Civil Veterinary Dept. North-West Frontier Province 1901-22 - 1901-1922
Year: 1901
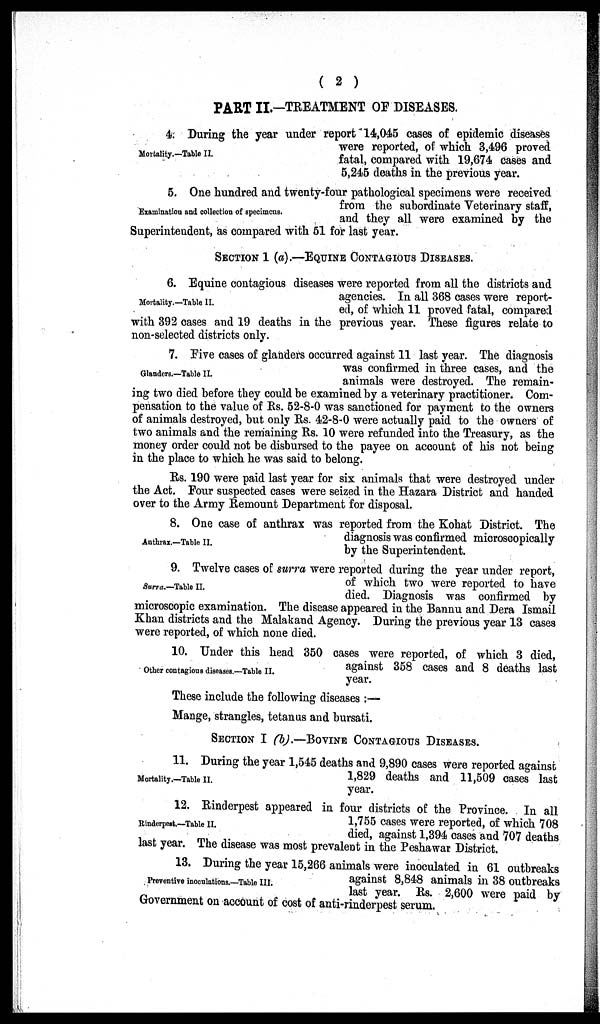
( 2 )
PART II—TREATMENT OF DISEASES.
Mortality.—Table II.
4. During the year under report 14,045 cases of epidemic diseases
were reported, of which 3,496 proved
fatal, compared with 19,674 cases and
5,245 deaths in the previous year.
Examination and collection of specimens.
5. One hundred and twenty-four pathological specimens were received
from the subordinate Veterinary staff,
and they all were examined by the
Superintendent, as compared with 51 for last year.
SECTION 1 (a).—EQUINE CONTAGIOUS DISEASES.
Mortality.—Table II.
6. Equine contagious diseases were reported from all the districts and
agencies. In all 368 cases were report-
ed, of which 11 proved fatal, compared
with 392 cases and 19 deaths in the previous year. These figures relate to
non-selected districts only.
Glanders.—Table II.
7. Five cases of glanders occurred against 11 last year. The diagnosis
was confirmed in three cases, and the
animals were destroyed. The remain-
ing two died before they could be examined by a veterinary practitioner. Com-
pensation to the value of Rs. 52-8-0 was sanctioned for payment to the owners
of animals destroyed, but only Rs. 42-8-0 were actually paid to the owners of
two animals and the remaining Rs. 10 were refunded into the Treasury, as the
money order could not be disbursed to the payee on account of his not being
in the place to which he was said to belong.
Rs. 190 were paid last year for six animals that were destroyed under
the Act. Four suspected cases were seized in the Hazara District and handed
over to the Army Remount Department for disposal.
Anthrax.—Table II.
8. One case of anthrax was reported from the Kohat District. The
diagnosis was confirmed microscopically
by the Superintendent.
Surra.—Table II.
9. Twelve cases of surra were reported during the year under report,
of which two were reported to have
died. Diagnosis was confirmed by
microscopic examination. The disease appeared in the Bannu and Dera Ismail
Khan districts and the Malakand Agency. During the previous year 13 cases
were reported, of which none died.
Other contagious diseases.—Table II.
10. Under this head 350 cases were reported, of which 3 died,
against 358 cases and 8 deaths last
year.
These include the following diseases :—
Mange, strangles, tetanus and bursati.
SECTION I (b).—BOVINE CONTAGIOUS DISEASES.
Mortality.—Table II.
11. During the year 1,545 deaths and 9,890 cases were reported against
1,829 deaths and 11,509 cases last
year.
Rinderpest.—Table II.
12. Rinderpest appeared in four districts of the Province. In all
1,755 cases were reported, of which 708
died, against 1,394 cases and 707 deaths
last year. The disease was most prevalent in the Peshawar District.
Preventive inoculations.—Table III.
13. During the year 15,266 animals were inoculated in 61 outbreaks
against 8,848 animals in 38 outbreaks
last year. Rs. 2,600 were paid by
Government on account of cost of anti-rinderpest serum.